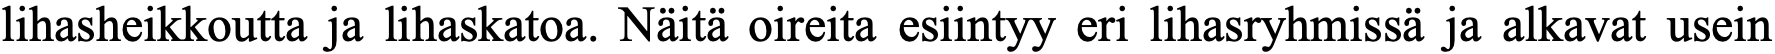
lihasheikkoutta ja lihaskatoa. Näitä oireita esiintyy eri lihasryhmissä ja alkavat usein